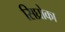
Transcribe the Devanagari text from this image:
सिघ्रोका